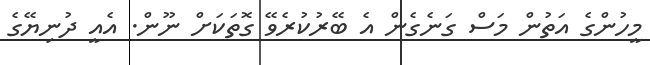
މީހުންގެ އަތުން މަސް ގަނެގެން އެ ބޭރުކުރެވޭ ގޮތަކަށް ނޫން. އެއީ ދުނިޔޭގެ